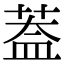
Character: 葢